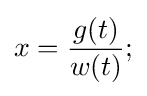
x={\frac {g(t)}{w(t)}};\,\!